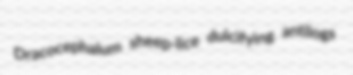
Dracocephalum sheep-lice dulcifying antilogs